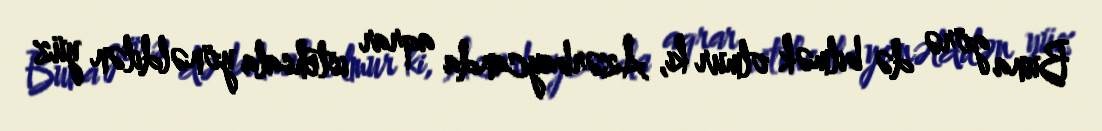
Buna görə də bilmək olmur ki, Azərbaycanda aqrar istehsala yönəldilən yüz